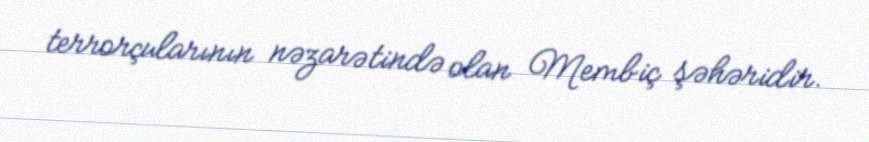
terrorçularının nəzarətində olan Membiç şəhəridir.